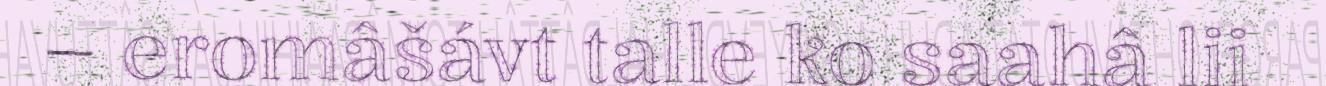
– eromâšávt talle ko saahâ lii